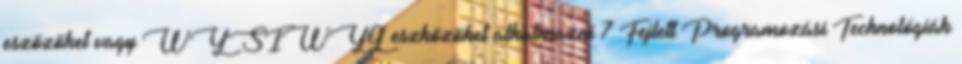
eszözöket vagy WYSIWYG eszközöket alkalmazni 7 Fejlett Programozási Technológiák